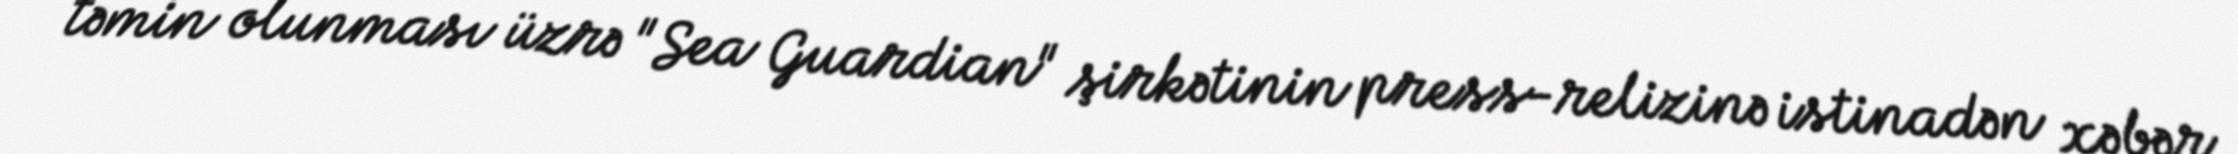
təmin olunması üzrə "Sea Guardian" şirkətinin press-relizinə istinadən xəbər